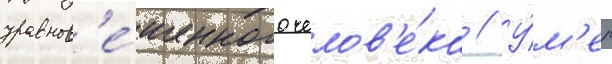
уравнов'е́шенного челов'е́ка // У́м'ер